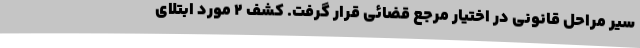
سیر مراحل قانونی در اختیار مرجع قضائی قرار گرفت. کشف 2 مورد ابتلای